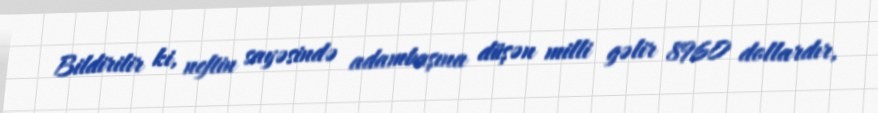
Bildirilir ki, neftin sayəsində adambaşına düşən milli gəlir 8960 dollardır,